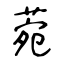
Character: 菀